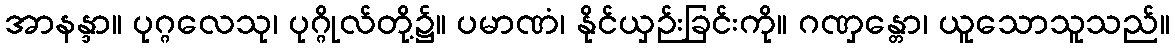
အာနန္ဒာ။ ပုဂ္ဂလေသု၊ ပုဂ္ဂိုလ်တို့၌။ ပမာဏံ၊ နိုင်ယှဉ်းခြင်းကို။ ဂဏှန္တော၊ ယူသောသူသည်။